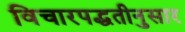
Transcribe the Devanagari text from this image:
विचारपद्धतीनुसार